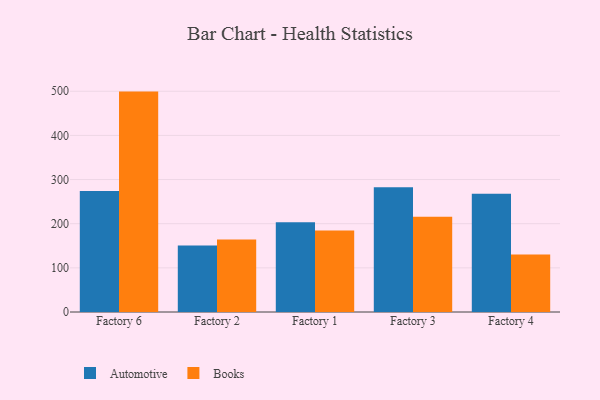
{"axis": {"x": "Factory", "y": "Gross Profit (USD K)"}, "legend": ["Automotive", "Books"], "data": [{"x": "Factory 6", "y": 274.0, "type": "Automotive"}, {"x": "Factory 6", "y": 499.2, "type": "Books"}, {"x": "Factory 2", "y": 150.7, "type": "Automotive"}, {"x": "Factory 2", "y": 164.1, "type": "Books"}, {"x": "Factory 1", "y": 203.3, "type": "Automotive"}, {"x": "Factory 1", "y": 184.6, "type": "Books"}, {"x": "Factory 3", "y": 282.4, "type": "Automotive"}, {"x": "Factory 3", "y": 215.8, "type": "Books"}, {"x": "Factory 4", "y": 267.9, "type": "Automotive"}, {"x": "Factory 4", "y": 130.2, "type": "Books"}]}